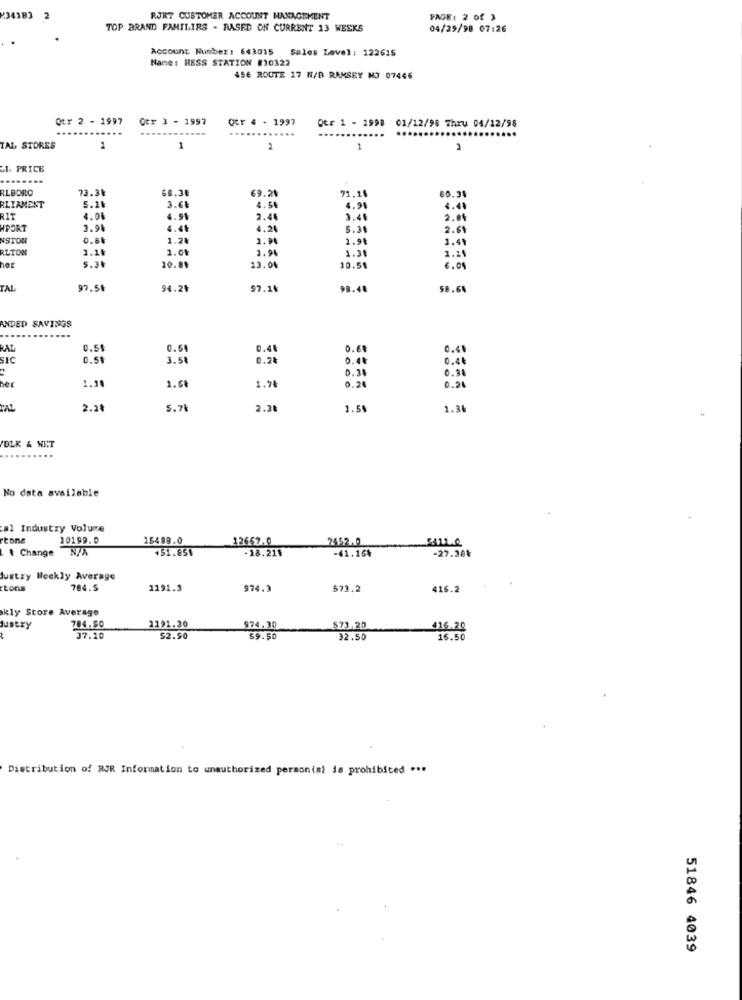
234183 2
RJRT CUSTOMER ACCOUNT MANAGEMENT
PAGE: 2 of 3
TOP BRAND FAMILIES - BASED ON CURRENT 13 WEEKS
04/29/98 07:26
Account Number: 643015
Name: HESS STATION #30322
Sales Level: 122615
456 ROUTE 17 N/D RAMSEY NO 07446
Otr 2 - 1997
Otr 3 - 1997
QEr 4 - 1997
Otr 1 - 1998 01/12/98 Thru 04/12/98
----
TAL STORES
1
1
2
1
2
1. PRICE
....
RLBORO
73.38
68.38
69.24
91.10
60.34
RLIAMENT
3.69
5.1₺
4.56
4.98
4.44
RIT
4.06
4.54
2.40
3.4
2.00
HPORT
2.94
4.44
4.20
5.34
2.61
NSTON
0.8k
1.24
2.98
1.49
RLTON
1.11
1.01
2.9
1.31
1.1
5.34
20.81
13.04
10.51
6.04
TAL
97.50
94.24
97.14
98.48
58.64
ANDED SAVINGS
RAZ
0.51
0.64
0.44
0.69
0.49
IC
0.58
3.58
0.2
0.44
0.46
0.33
0.98
her
1.10
1.6
1.7
0.20
0.25
TAL
2.28
5.71
2.38
1.58
1.36
DLK & NET
No data available
al Industry Voluze
tone
10199.0
15488.0
12667.0
2452.0
SAILQ
Change
451.851
-18.211
-41.16%
-27.38%
Justzy Weekly Average
tons
784.5
1191.3
974.3
573.2
416.2
kly Store Average
Lustry
704.50
2191.30
974,30
$73.20
416,20
37.10
$2.90
59.50
32.50
16.50
Distribution of WJR Information to unauthorized person(s) is prohibited ...
51846 4039